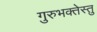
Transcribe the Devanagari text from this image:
गुरुभक्तेस्तु